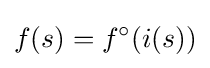
f(s)=f^{\circ }(i(s))